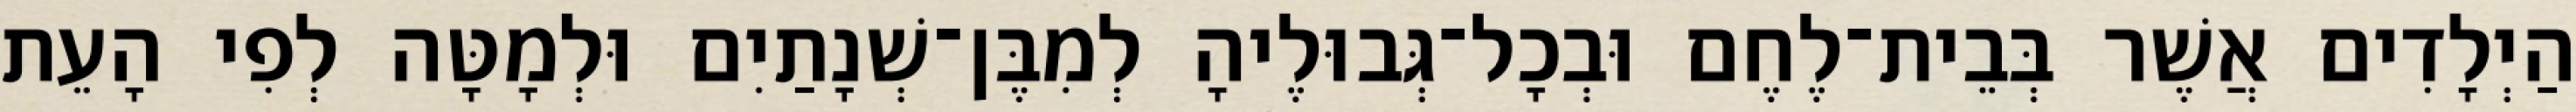
הַיְלָדִים אֲשֶׁר בְּבֵית־לֶחֶם וּבְכָל־גְּבוּלֶיהָ לְמִבֶּן־שְׁנָתַיִם וּלְמָטָּה לְפִי הָעֵת